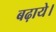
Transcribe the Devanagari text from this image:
बढ़ाये।